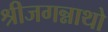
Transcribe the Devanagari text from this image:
श्रीजगन्नाथो